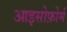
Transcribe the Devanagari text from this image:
आइसोफ़ोर्म